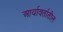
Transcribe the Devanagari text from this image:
आर्यावर्तातील